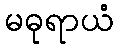
မဓုရာယံ